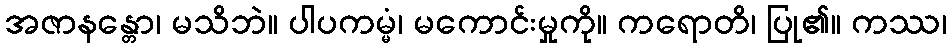
အဇာနန္တော၊ မသိဘဲ။ ပါပကမ္မံ၊ မကောင်းမှုကို။ ကရောတိ၊ ပြု၏။ ကဿ၊